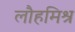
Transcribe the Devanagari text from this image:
लौहमिश्र